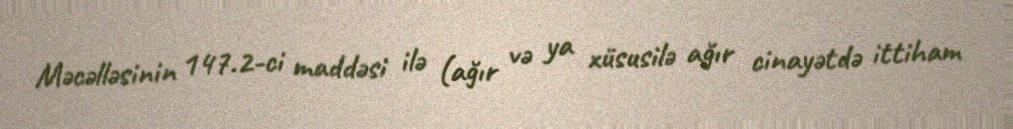
Məcəlləsinin 147.2-ci maddəsi ilə (ağır və ya xüsusilə ağır cinayətdə ittiham